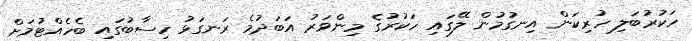
ހަކުރުބަލި ހުރިކަން އިނގުމުން ލޭގައި ހަކުރުގެ މިންވަރު އަބަދުމެ ރަނގަޅު ހިސާބުގައި ބެހެއްޓުމަށް